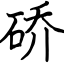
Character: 硚